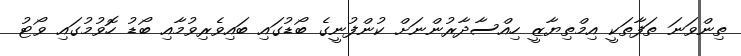
ތިންވަނަ ތަފާތަކީ އިމްތިޔާޒީ ހިއްސާދާރުންނަށް ކުންފުނީގެ ބޯޑުގައި ބައިވެރިވުމާއި ބޯޑު ހޮވުމުގައި ވޯޓު